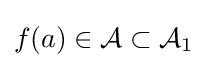
f(a)\in {\mathcal {A}}\subset {\mathcal {A}}_{1}